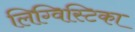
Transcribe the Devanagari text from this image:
लिग्विस्टिका